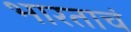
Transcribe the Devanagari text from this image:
भारताचं